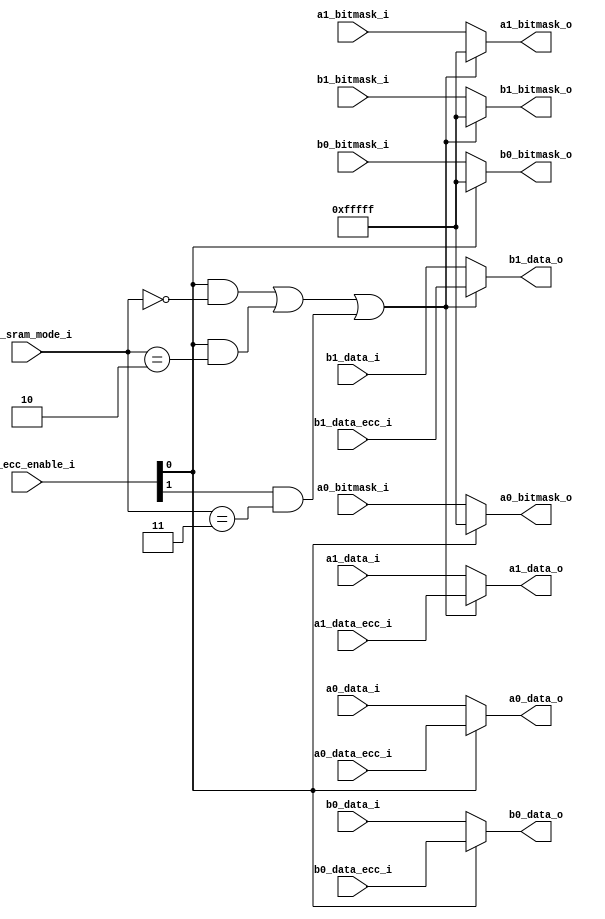
// Company           :   RacyICs GmbH                      
//                          
// Project Name      :   p_cc    
// Subproject Name   :   s_fpga    
// Description       :   <short description>            
//
// Last Change       :   $Date: 2015-03-11 10:16:31 +0100 (Wed, 11 Mar 2015) $
// by                :   $Author: winter $                        
//------------------------------------------------------------

`timescale 1 ns / 1 ps

module ecc_encoding_mux
  #(parameter  CONFIG_TDP_NONSPLIT = 3'd0,
    parameter  CONFIG_TDP_SPLIT    = 3'd1,
    parameter  CONFIG_SDP_NONSPLIT = 3'd2,
    parameter  CONFIG_SDP_SPLIT    = 3'd3,
    parameter  CONFIG_FIFO_ASYNC   = 3'd7,
    parameter  CONFIG_FIFO_SYNC    = 3'd6,
    parameter  CONFIG_CASCADE_UP   = 3'd5,
    parameter  CONFIG_CASCADE_LOW  = 3'd4
    )
   (input  wire [2:0]  cfg_sram_mode_i,
    input  wire [1:0]  cfg_ecc_enable_i,
   
    input  wire [19:0] a0_data_i,
    input  wire [19:0] a1_data_i,
    input  wire [19:0] b0_data_i,
    input  wire [19:0] b1_data_i,
    input  wire [19:0] a0_bitmask_i,
    input  wire [19:0] a1_bitmask_i,
    input  wire [19:0] b0_bitmask_i,
    input  wire [19:0] b1_bitmask_i,
   
    input  wire [19:0] a0_data_ecc_i,
    input  wire [19:0] a1_data_ecc_i,
    input  wire [19:0] b0_data_ecc_i,
    input  wire [19:0] b1_data_ecc_i,   
    
    output wire [19:0] a0_data_o,
    output wire [19:0] a1_data_o,
    output wire [19:0] b0_data_o,
    output wire [19:0] b1_data_o,
    output wire [19:0] a0_bitmask_o,
    output wire [19:0] a1_bitmask_o,
    output wire [19:0] b0_bitmask_o,
    output wire [19:0] b1_bitmask_o
    );

   assign a0_data_o    = (cfg_ecc_enable_i[0]==1'b1) ? a0_data_ecc_i : a0_data_i;
   assign a0_bitmask_o = (cfg_ecc_enable_i[0]==1'b1) ? {20'hfffff}   : a0_bitmask_i;
   
   assign a1_data_o    = ((cfg_ecc_enable_i[0]==1'b1 && cfg_sram_mode_i==CONFIG_TDP_NONSPLIT) ||
                          (cfg_ecc_enable_i[0]==1'b1 && cfg_sram_mode_i==CONFIG_SDP_NONSPLIT) ||
                          (cfg_ecc_enable_i[1]==1'b1 && cfg_sram_mode_i==CONFIG_SDP_SPLIT)) ? a1_data_ecc_i : a1_data_i;
   assign a1_bitmask_o = ((cfg_ecc_enable_i[0]==1'b1 && cfg_sram_mode_i==CONFIG_TDP_NONSPLIT) ||
                          (cfg_ecc_enable_i[0]==1'b1 && cfg_sram_mode_i==CONFIG_SDP_NONSPLIT) ||
                          (cfg_ecc_enable_i[1]==1'b1 && cfg_sram_mode_i==CONFIG_SDP_SPLIT)) ? {20'hfffff}   : a1_bitmask_i;
   
   assign b0_data_o    = (cfg_ecc_enable_i[0]==1'b1) ? b0_data_ecc_i : b0_data_i;
   assign b0_bitmask_o = (cfg_ecc_enable_i[0]==1'b1) ? {20'hfffff}   : b0_bitmask_i;
   
   assign b1_data_o    = ((cfg_ecc_enable_i[0]==1'b1 && cfg_sram_mode_i==CONFIG_TDP_NONSPLIT) ||
                          (cfg_ecc_enable_i[0]==1'b1 && cfg_sram_mode_i==CONFIG_SDP_NONSPLIT) ||
                          (cfg_ecc_enable_i[1]==1'b1 && cfg_sram_mode_i==CONFIG_SDP_SPLIT)) ? b1_data_ecc_i : b1_data_i;
   assign b1_bitmask_o = ((cfg_ecc_enable_i[0]==1'b1 && cfg_sram_mode_i==CONFIG_TDP_NONSPLIT) ||
                          (cfg_ecc_enable_i[0]==1'b1 && cfg_sram_mode_i==CONFIG_SDP_NONSPLIT) ||
                          (cfg_ecc_enable_i[1]==1'b1 && cfg_sram_mode_i==CONFIG_SDP_SPLIT)) ? {20'hfffff}   : b1_bitmask_i;
   
endmodule // ecc_encoding_mux